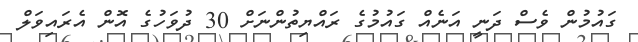
ގައުމުން ވެސް ދަނީ އަނެއް ގައުމުގެ ރައްޔިތުންނަށް 30 ދުވަހުގެ އޮން އެރައިވަލް